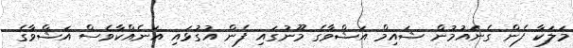
މަލަކާ ފެން ގެނައުމުން ޝައިމް އަޝްވާގެ މޫނުގައި ފެން އުގުޅައި އަނެއްކާވެސް އަޝްވާގެ